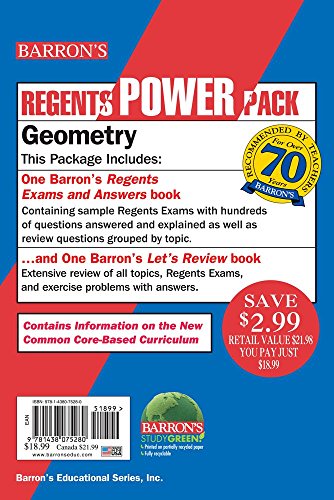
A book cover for Geometry Power Pack; Andre Castagna; Test Preparation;